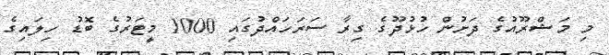
މި މަޝްރޫއުގެ ދަށުން ހުޅުދޫގެ ގިރާ ސަރަހައްދުގައި 1000 މީޓަރުގެ ބޮޑު ހިލައިގެ